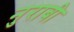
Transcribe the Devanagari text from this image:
नुराबी